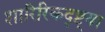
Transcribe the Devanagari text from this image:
शारिरिकदृष्ट्या